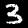
Digit: 3